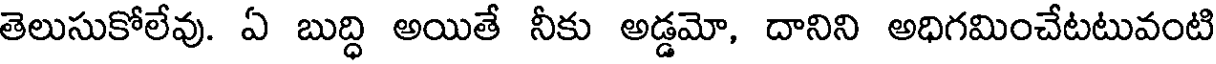
తెలుసుకోలేవు. ఏ బుద్ధి అయితే నీకు అడ్డమో, దానిని అధిగమించేటటువంటి